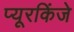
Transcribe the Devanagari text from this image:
प्यूरकिंजे